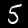
Digit: 5